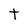
Character: t